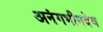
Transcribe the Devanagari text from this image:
अनंगभीमदेव